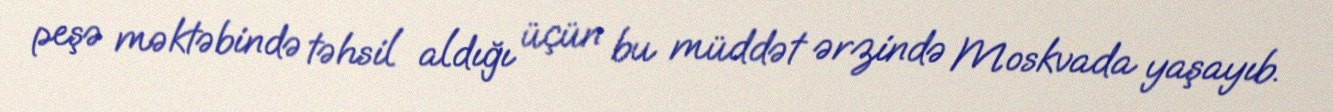
peşə məktəbində təhsil aldığı üçün bu müddət ərzində Moskvada yaşayıb.